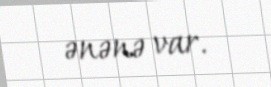
ənənə var.